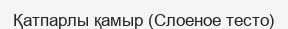
Қатпарлы қамыр (Слоеное тесто)